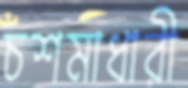
চশমাধারী